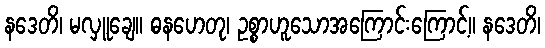
နဒေတိ၊ မလှူချေ။ ဓနဟေတု၊ ဥစ္စာဟူသောအကြောင်းကြောင့်။ နဒေတိ၊